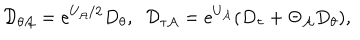
LaTeX: { \cal D } _ { \theta { \cal A } } = e ^ { U _ { \cal A } / 2 } D _ { \theta } , \; \; { \cal D } _ { \tau { \cal A } } = e ^ { U _ { \cal A } } ( D _ { \tau } + \Theta _ { \cal A } D _ { \theta } ) ,